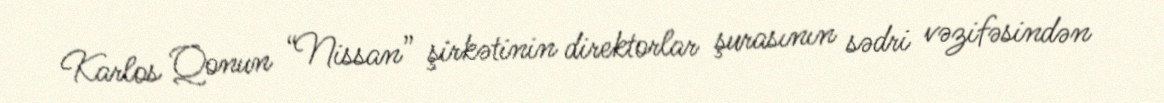
Karlos Qonun “Nissan” şirkətinin direktorlar şurasının sədri vəzifəsindən